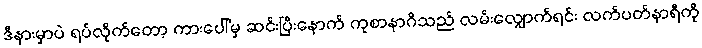
ဒီနားမှာပဲ ရပ်လိုက်တော့ ကားပေါ်မှ ဆင်းပြီးနောက် ကုစာနာဂိသည် လမ်းလျှောက်ရင်း လက်ပတ်နာရီကို